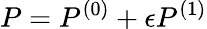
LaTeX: P=P^{(0)}+\epsilon P^{(1)}